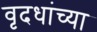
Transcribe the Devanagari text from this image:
वृदधांच्या